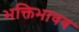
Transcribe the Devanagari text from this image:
भक्तिभावव